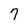
Character: 7